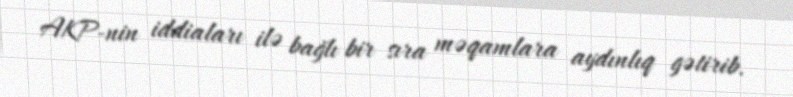
AKP-nin iddiaları ilə bağlı bir sıra məqamlara aydınlıq gətirib.